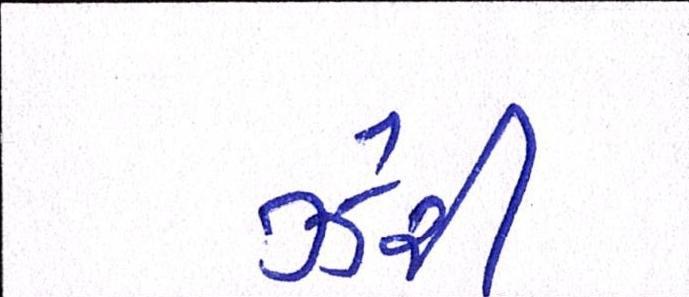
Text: ઝેરી